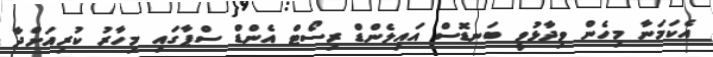
އެކަމަނާ މިހެން ވިދާޅުވީ ބަނޑޮސް އައިލެންޑް ރިސޯޓް އެންޑް ސްޕާގައި މިހާރު ކުރިއަށްދާ